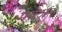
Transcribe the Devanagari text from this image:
मराठात